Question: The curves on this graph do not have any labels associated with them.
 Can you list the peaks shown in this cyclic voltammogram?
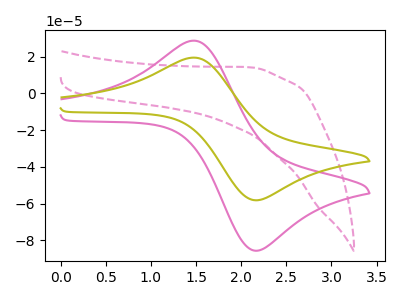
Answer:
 <answer>The pink dashed curve "pink dashed" has no peaks. The pink curve "pink" has an anodic peak at (1.50V, 28.80uA) and a cathodic peak at (2.15V, -85.50uA). The olive curve "olive" has an anodic peak at (1.50V, 19.55uA) and a cathodic peak at (2.15V, -58.05uA).</answer>
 <eval></eval>